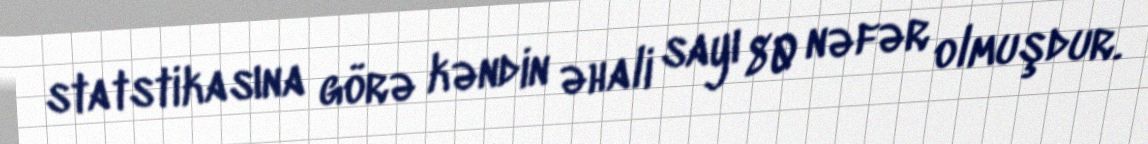
statstikasına görə kəndin əhali sayı 80 nəfər olmuşdur.